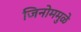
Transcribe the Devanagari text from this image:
जिनोममुळे